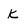
Character: k